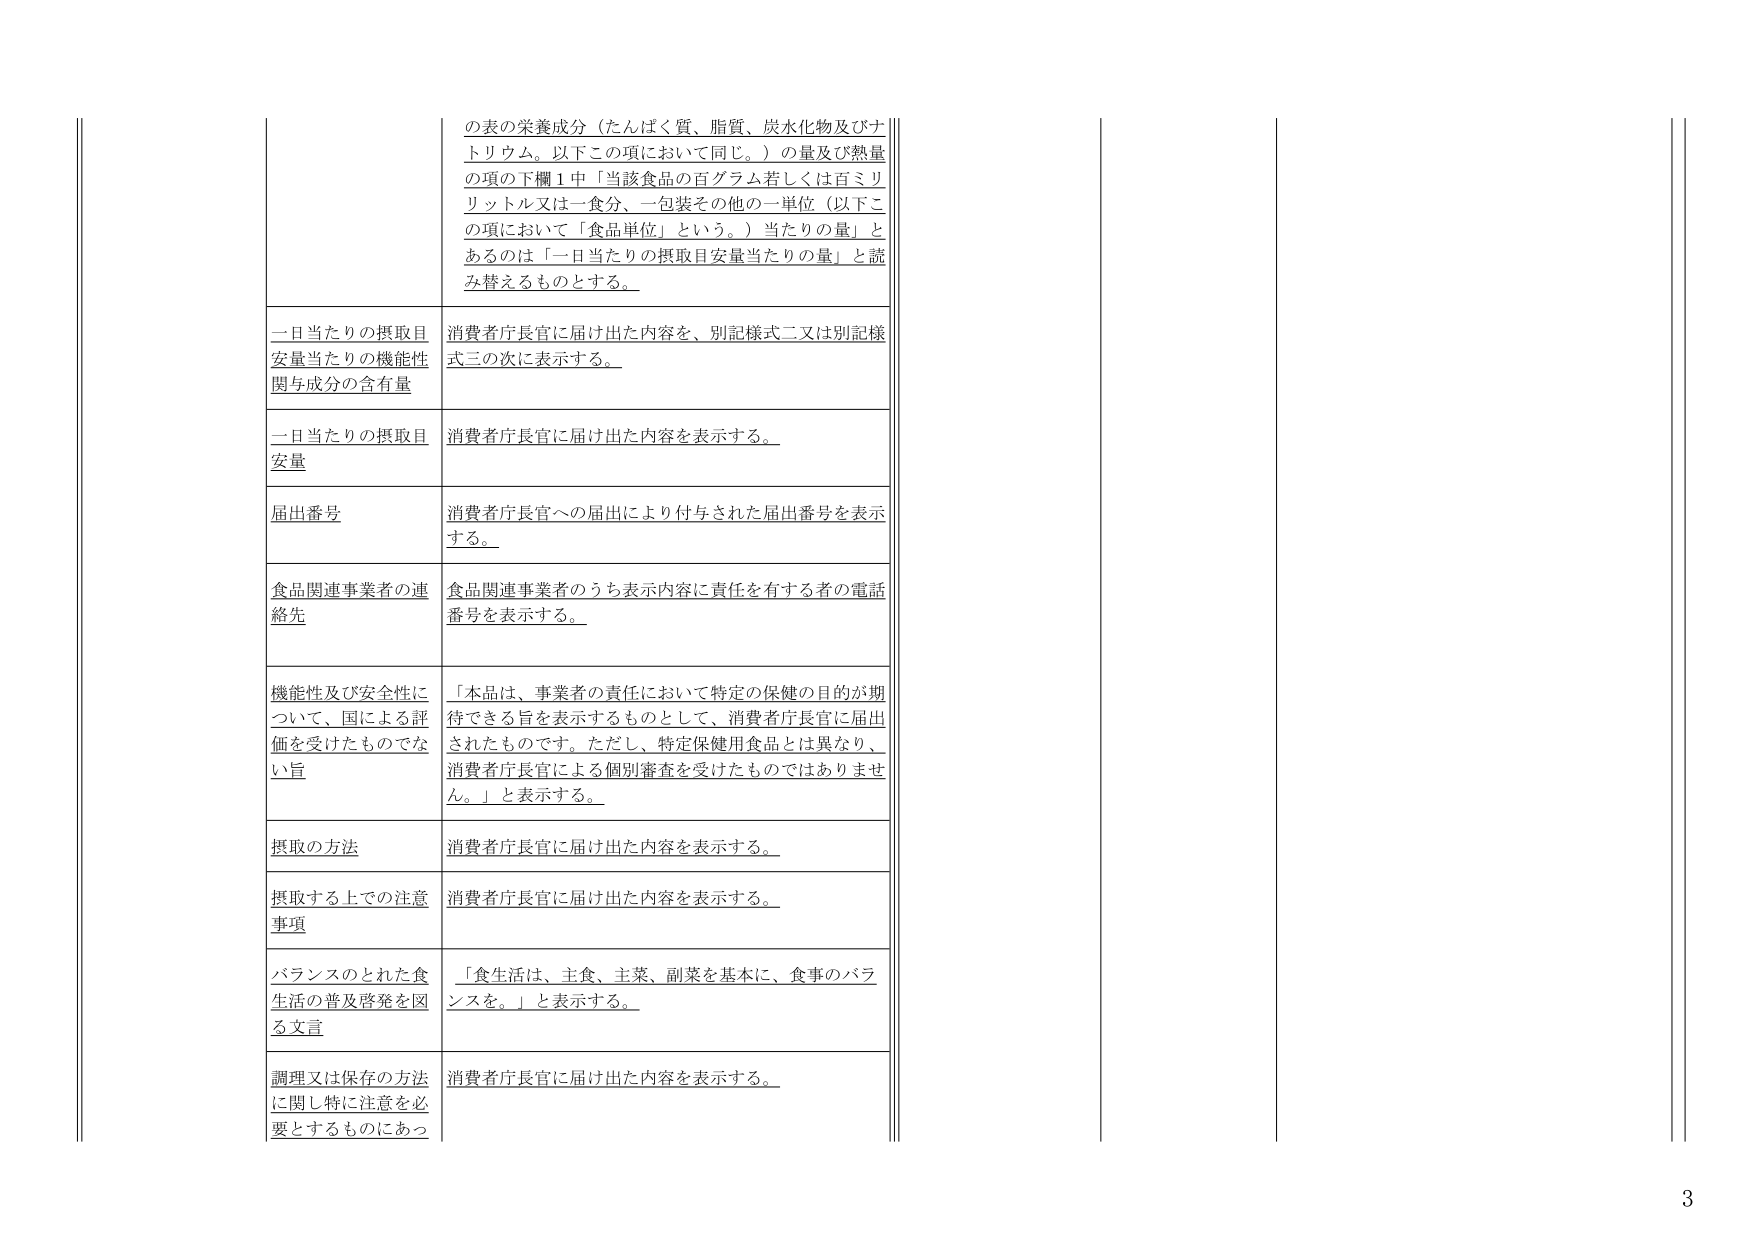
の表の栄養成分（たんぱく質、脂質、炭水化物及びナトリウム。以下この項において同じ。）の量及び熱量の項の下欄1中「当該食品の百グラム若しくは百ミリリットル又は一食分、一包装その他の一単位（以下この項において「食品単位」という。）当たりの量」とあるのは「一日当たりの摂取目安量当たりの量」と読み替えるものとする。

一日当たりの摂取目安量当たりの機能性関与成分の含有量
消費者庁長官に届け出た内容を、別記様式二又は別記様式三の次に表示する。

一日当たりの摂取目安量
消費者庁長官に届け出た内容を表示する。

届出番号
消費者庁長官への届出により付与された届出番号を表示する。

食品関連事業者の連絡先
食品関連事業者のうち表示内容に責任を有する者の電話番号を表示する。

機能性及び安全性について、国による評価を受けたものでない旨
「本品は、事業者の責任において特定の保健の目的が期待できる旨を表示するものとして、消費者庁長官に届出されたものです。ただし、特定保健用食品とは異なり、消費者庁長官による個別審査を受けたものではありません。」と表示する。

摂取の方法
消費者庁長官に届け出た内容を表示する。

摂取する上での注意事項
消費者庁長官に届け出た内容を表示する。

バランスのとれた食生活の普及啓発を図る文言
「食生活は、主食、主菜、副菜を基本に、食事のバランスを。」と表示する。

調理又は保存の方法に関し特に注意を必要とするものにあつ
消費者庁長官に届け出た内容を表示する。

3